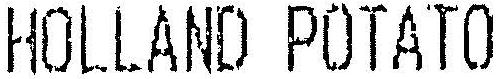
HOLLAND POTATO